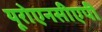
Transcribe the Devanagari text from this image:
यूरोएनसीएपी